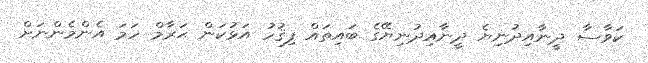
ކަވާސާ ދީނާއިދުނިޔެ ދީނާއިދުނިޔޭގެ ބައިތައް ފިޤުހު އަޅުކަން ޙަރާމް ހަމަ އެންމެންނަށް